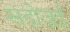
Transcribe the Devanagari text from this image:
सदोज़ई